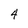
Character: 4